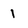
Character: 1